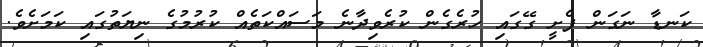
ކަނޑާ ނަގަން ފެށީ ގޭގައި ހުރެގެން ކުރެވިދާނެ މަސައްކަތެއް ކުރުމުގެ ނިޔަތުގައި ކަމަށެވެ.